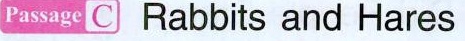
Passage C Rabbits and Hares